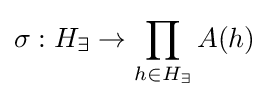
\sigma :H_{\exists }\rightarrow \prod _{h\in H_{\exists }}A(h)